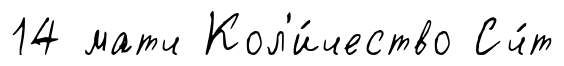
14 матч Кол'и́чество Сч́т